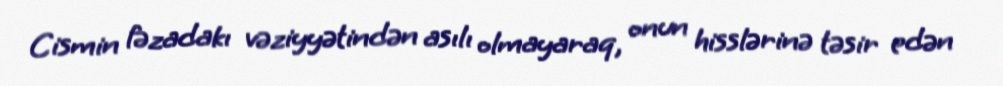
Cismin fəzadakı vəziyyətindən asılı olmayaraq, onun hisslərinə təsir edən